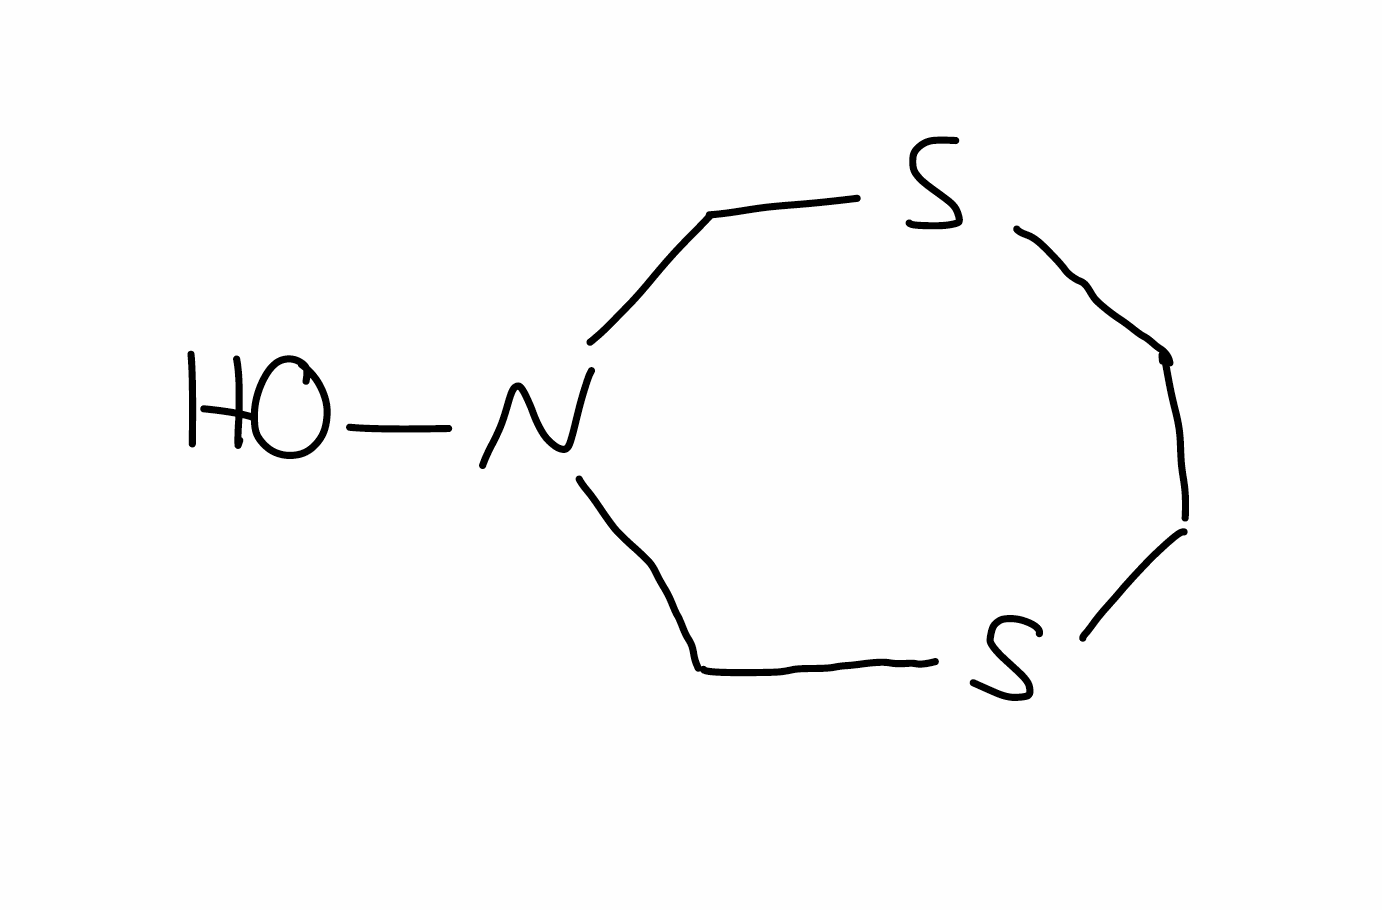
Simplified molecular-input line-entry system (SMILES) notation of the given molecule:
C1CSCN(CS1)O